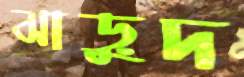
ঝাড়ুদ